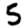
Digit: 5